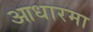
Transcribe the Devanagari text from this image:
आधारमा